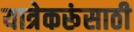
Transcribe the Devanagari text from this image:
यात्रेकरूंसाठी